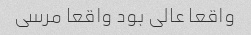
واقعا عالی بود واقعا مرسی